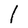
Character: l